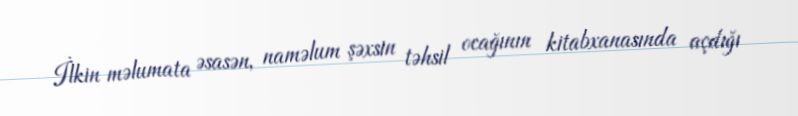
İlkin məlumata əsasən, naməlum şəxsin təhsil ocağının kitabxanasında açdığı